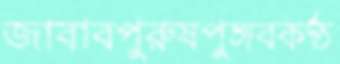
জাবাবপুরুষপুঙ্গবকণ্ঠ